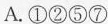
A. ①②⑤⑦